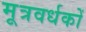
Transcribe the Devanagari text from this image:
मूत्रवर्धकों